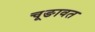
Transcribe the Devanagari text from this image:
चूङावत